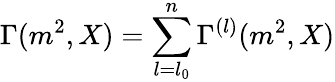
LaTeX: \Gamma(m^{2},X)=\sum_{l=l_{0}}^{n}\Gamma^{(l)}(m^{2},X)